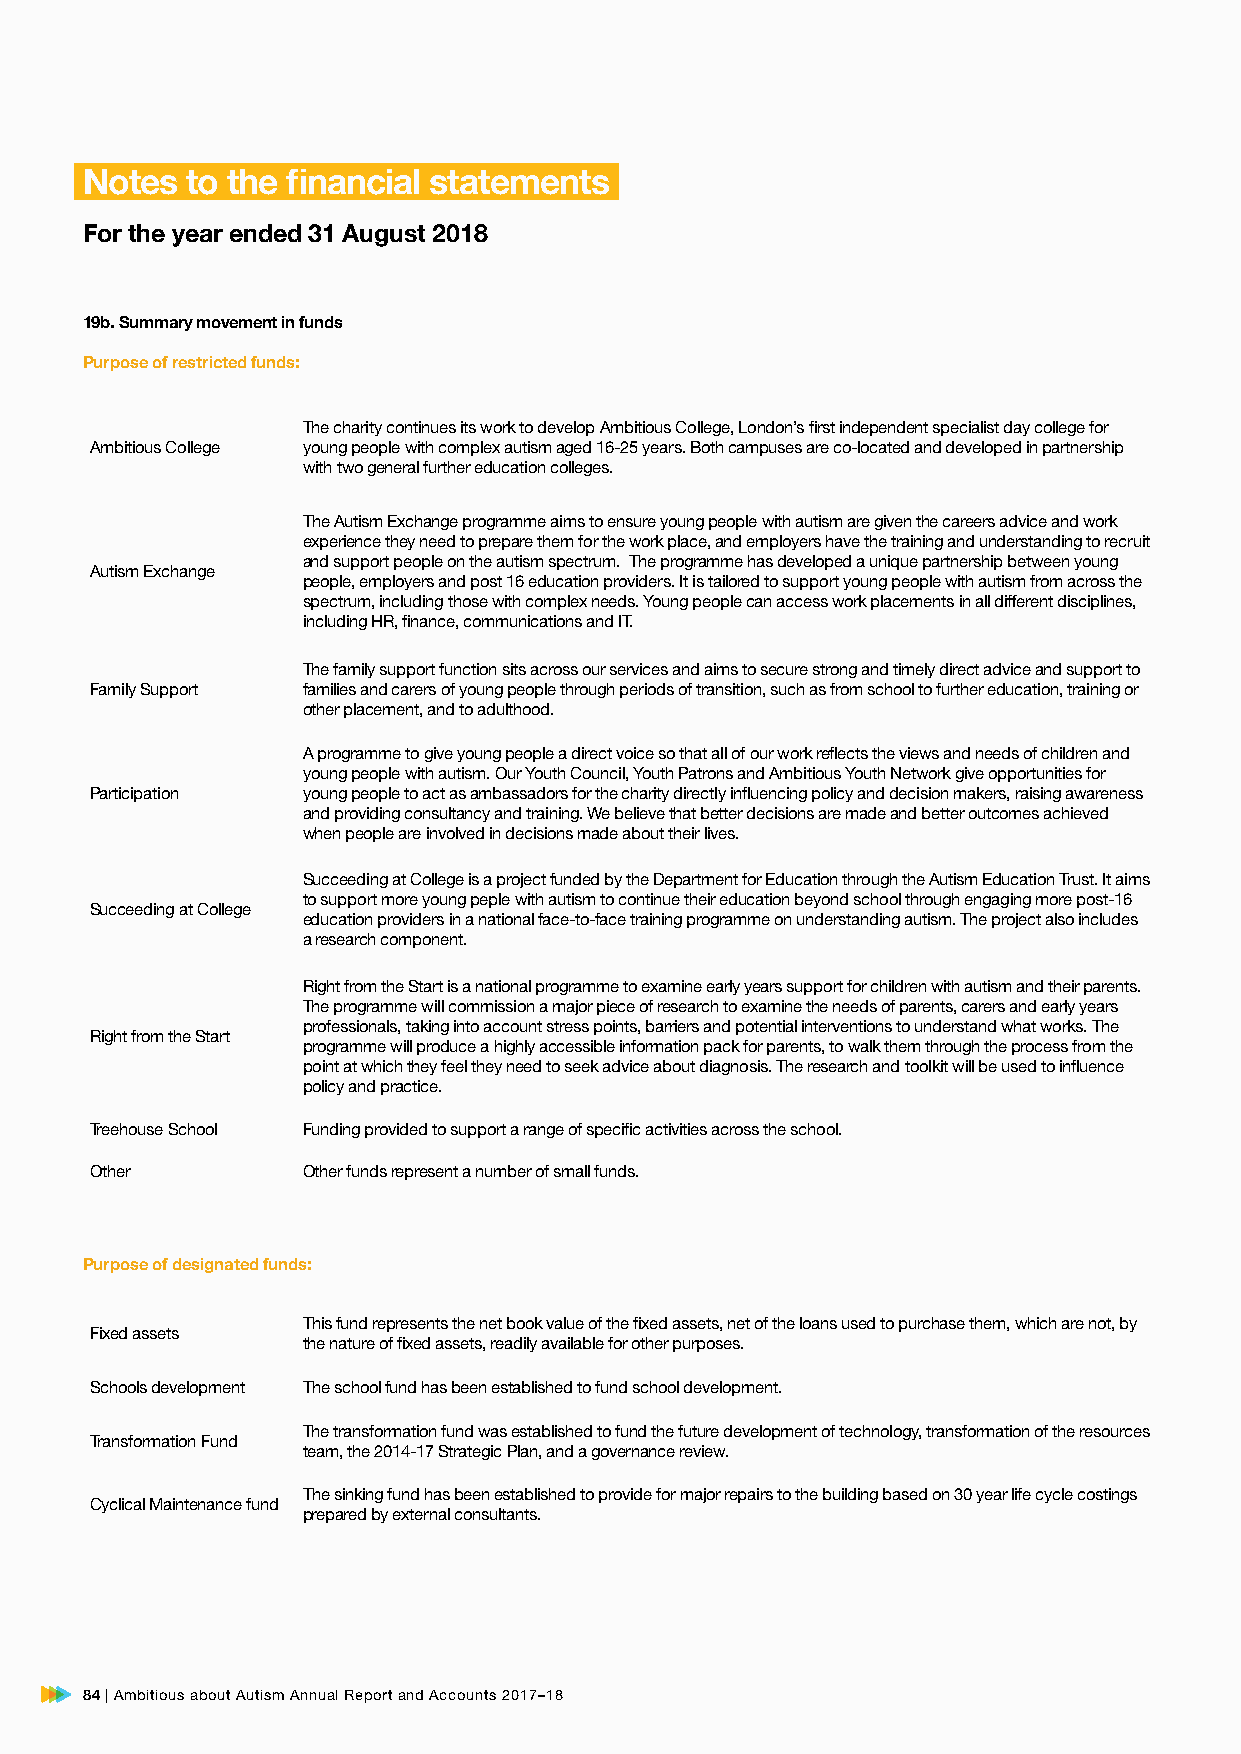
Notes  to the financial statements
 For the year ended 31 August 2018
 19b. Summary movement in funds
 Purpose of restricted funds:
 The charity continues its work to develop Ambitious College, London’s first independent specialist day college for
 Ambitious College young people with complex autism aged 16-25 years. Both campuses are co-located and developed in partnership
 with two general further education colleges.
 The Autism Exchange programme aims to ensure young people with autism are given the careers advice and work
 experience they need to prepare them for the work place, and employers have the training and understanding to recruit
 and support people on the autism spectrum. The programme has developed a unique partnership between young
 Autism Exchange
 people, employers and post 16 education providers. It is tailored to support young people with autism from across the
 spectrum, including those with complex needs. Young people can access work placements in all different disciplines,
 including HR, finance, communications and IT.
 The family support function sits across our services and aims to secure strong and timely direct advice and support to
 Family Support families and carers of young people through periods of transition, such as from school to further education, training or
 other placement, and to adulthood.
 A programme to give young people a direct voice so that all of our work reflects the views and needs of children and
 young people with autism. Our Youth Council, Youth Patrons and Ambitious Youth Network give opportunities for
 Participation young people to act as ambassadors for the charity directly influencing policy and decision makers, raising awareness
 and providing consultancy and training. We believe that better decisions are made and better outcomes achieved
 when people are involved in decisions made about their lives.
 Succeeding at College is a project funded by the Department for Education through the Autism Education Trust. It aims
 to support more young peple with autism to continue their education beyond school through engaging more post-16
 Succeeding at College
 education providers in a national face-to-face training programme on understanding autism. The project also includes
 a research component.
 Right from the Start is a national programme to examine early years support for children with autism and their parents.
 The programme will commission a major piece of research to examine the needs of parents, carers and early years
 professionals, taking into account stress points, barriers and potential interventions to understand what works. The
 Right from the Start
 programme will produce a highly accessible information pack for parents, to walk them through the process from the
 point at which they feel they need to seek advice about diagnosis. The research and toolkit will be used to influence
 policy and practice.
 Treehouse School Funding provided to support a range of specific activities across the school.
 Other         Other funds represent a number of small funds.
 Purpose of designated funds:
 This fund represents the net book value of the fixed assets, net of the loans used to purchase them, which are not, by
 Fixed assets
 the nature of fixed assets, readily available for other purposes.
 Schools development The school fund has been established to fund school development.
 The transformation fund was established to fund the future development of technology, transformation of the resources
 Transformation Fund
 team, the 2014-17 Strategic Plan, and a governance review.
 The sinking fund has been established to provide for major repairs to the building based on 30 year life cycle costings
 Cyclical Maintenance fund
 prepared by external consultants.
 84 | Ambitious about Autism Annual Report and Accounts 2017–18